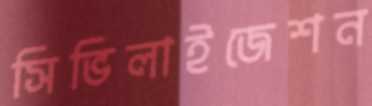
সিভিলাইজেশন